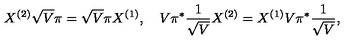
X ^ { ( 2 ) } \sqrt { V } \pi = \sqrt { V } \pi X ^ { ( 1 ) } , \quad V \pi ^ { * } \frac { 1 } { \sqrt { V } } X ^ { ( 2 ) } = X ^ { ( 1 ) } V \pi ^ { * } \frac { 1 } { \sqrt { V } } ,